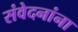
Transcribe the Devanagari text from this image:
संवेदनांना